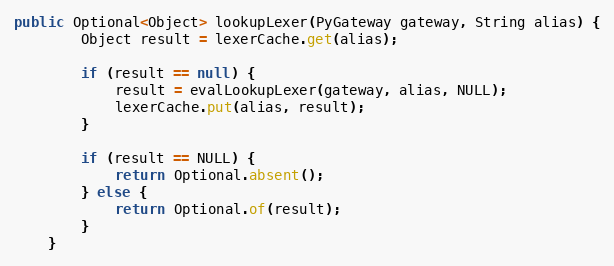
Language: Java
public Optional<Object> lookupLexer(PyGateway gateway, String alias) {
        Object result = lexerCache.get(alias);

        if (result == null) {
            result = evalLookupLexer(gateway, alias, NULL);
            lexerCache.put(alias, result);
        }

        if (result == NULL) {
            return Optional.absent();
        } else {
            return Optional.of(result);
        }
    }